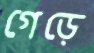
গেড়ে